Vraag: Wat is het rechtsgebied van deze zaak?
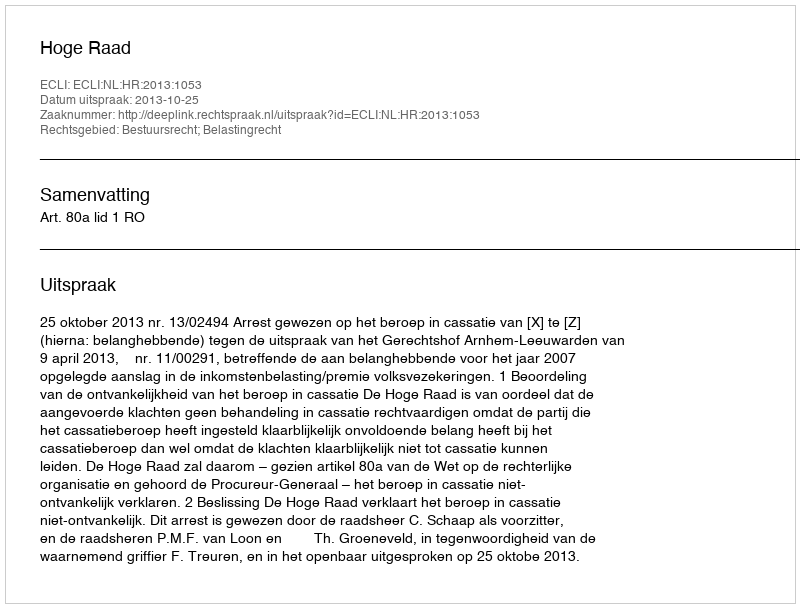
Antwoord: Bestuursrecht; Belastingrecht